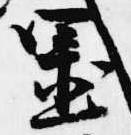
置